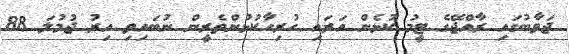
ޖަވާބުގައި ރާއްޖޭގެ ޓީމު ކުޅެން އަރައި ހުރިހާކުޅުންތެރީން ނުބައިވި އިރު ޖުމުލަ 88